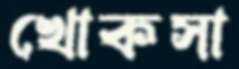
খোকসা